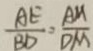
\frac { A E } { B D } = \frac { A M } { D M }